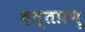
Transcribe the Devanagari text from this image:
दत्तप्रभू